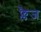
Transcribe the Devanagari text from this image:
फ्लैज